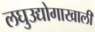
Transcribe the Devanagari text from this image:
लघुउद्योगाखाली